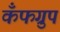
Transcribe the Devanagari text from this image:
कँफग्रुप